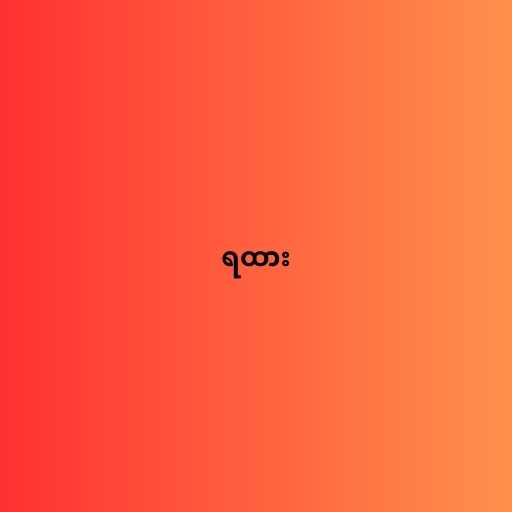
ရထား